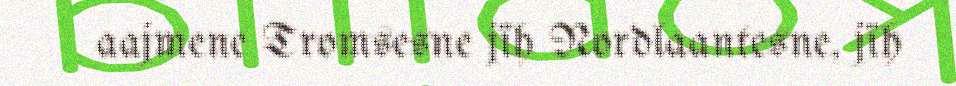
aajmene Tromsesne jïh Nordlaantesne, jïh